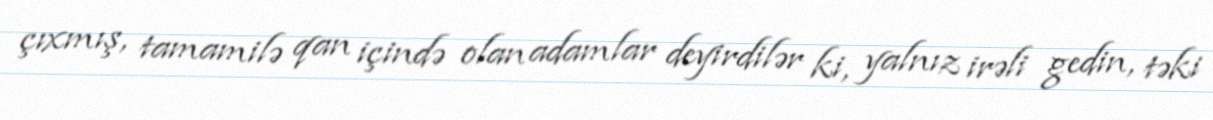
çıxmış, tamamilə qan içində olan adamlar deyirdilər ki, yalnız irəli gedin, təki